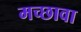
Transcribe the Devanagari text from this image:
मच्छावा